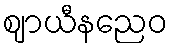
ဈာယီနညေဝ